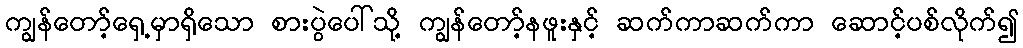
ကျွန်တော့်ရှေ့မှာရှိသော စားပွဲပေါ်သို့ ကျွန်တော့်နဖူးနှင့် ဆက်ကာဆက်ကာ ဆောင့်ပစ်လိုက်၍